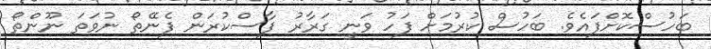
ބަހުސްކޮށްފައެވެ. ބަހުސް ކުރުމަށް ފަހު ވަނީ ގަރާރު ފާސްކުރަން ފެނޭތޯ ނުވަތަ ނޫންތޯ